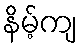
နိမ့်ကျ